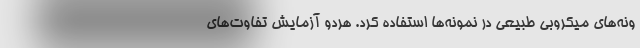
ونه‌های میکروبی طبیعی در نمونه‌ها استفاده کرد. هردو آزمایش تفاوت‌های